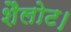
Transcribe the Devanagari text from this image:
शैलोट।